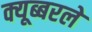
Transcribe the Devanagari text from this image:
क्यूब्बरले